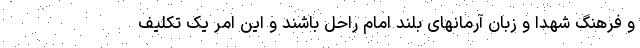
و فرهنگ شهدا و زبان آرمانهای بلند امام راحل باشند و این امر یک تکلیف